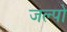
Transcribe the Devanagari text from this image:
जल्पो